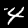
Digit: 4